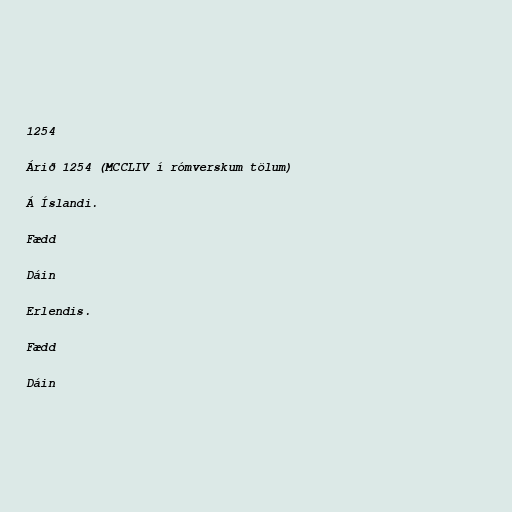
1254

Árið 1254 (MCCLIV í rómverskum tölum)

Á Íslandi.

Fædd

Dáin

Erlendis.

Fædd

Dáin